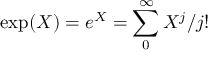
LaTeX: \displaystyle \exp ( X ) = e ^ { X } = \sum _ { 0 } ^ { \infty } { X ^ { j } / j ! }